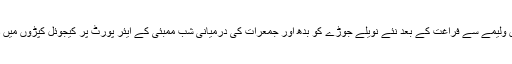
ممبئی میں ولیمے سے فراغت کے بعد نئے نویلے جوڑے کو بدھ اور جمعرات کی درمیانی شب ممبئی کے ایئر پورٹ پر کیجوئل کپڑوں میں دیکھا گیا۔